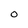
Character: O